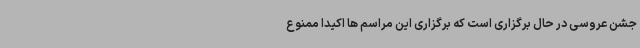
جشن عروسی در حال برگزاری است که برگزاری این مراسم ها اکیداً ممنوع